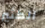
الكثير